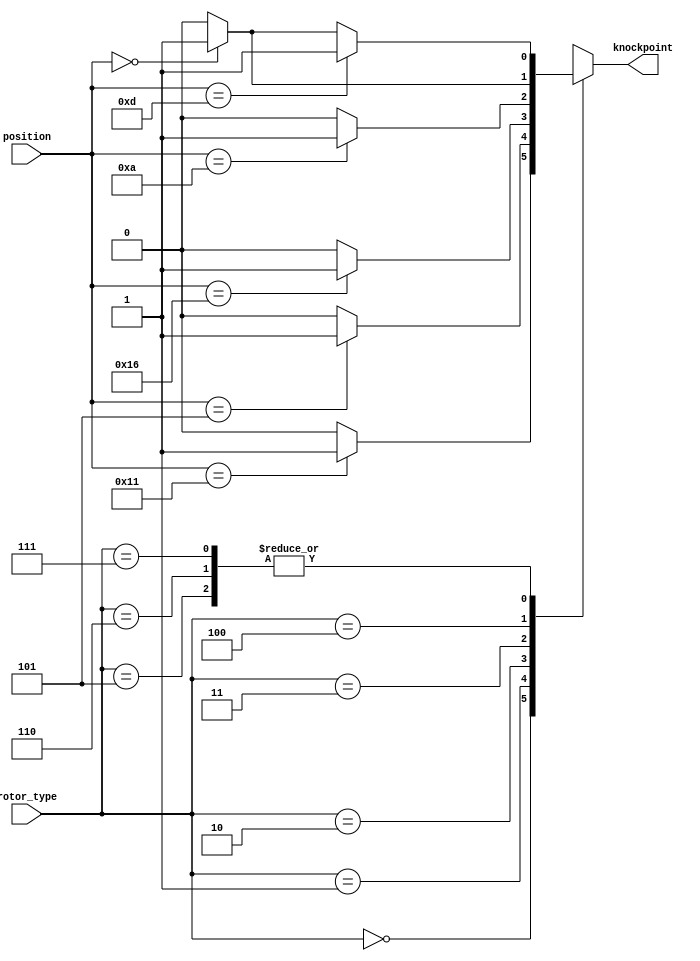
module checkKnockpoints (position, knockpoint, rotor_type);
	input [4:0] position;
	output reg knockpoint;
	input [2:0] rotor_type;

	always @*
	begin
		knockpoint = 0;
		case(rotor_type)
			0 : if (position==16+1) knockpoint = 1;
			1 : if (position== 4+1) knockpoint = 1;
			2 : if (position==21+1) knockpoint = 1;
			3 : if (position== 9+1) knockpoint = 1;
			//4 : if (position==25+1) knockpoint = 1;
			4 : if (position==0)    knockpoint = 1;
			5 : if (position==12+1) knockpoint = 1; else if(position==0) knockpoint = 1; 
			6 : if (position==12+1) knockpoint = 1; else if(position==0) knockpoint = 1;
			7 : if (position==12+1) knockpoint = 1; else if(position==0) knockpoint = 1;
		endcase
	end
endmodule